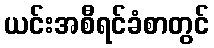
ယင်းအစီရင်ခံစာတွင်